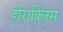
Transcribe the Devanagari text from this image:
हीराक्लिस